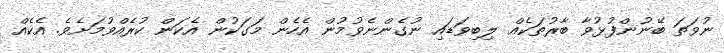
ނުވަތަ ބޭނުންފުޅުވާ ބާރުތަކެއް ލިބިވަޑައި ނުގެންނެވުމުން އެހެން މަގަކުން އެކަން ކުރެއްވުމަށެވެ. އެކެއް